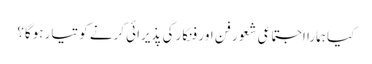
کیا ہمارا اجتماعی شعور فن اور فنکار کی پذیرائی کرنے کو تیار ہوگا؟